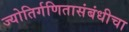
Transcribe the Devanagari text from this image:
ज्योतिर्गणितासंबंधीचा